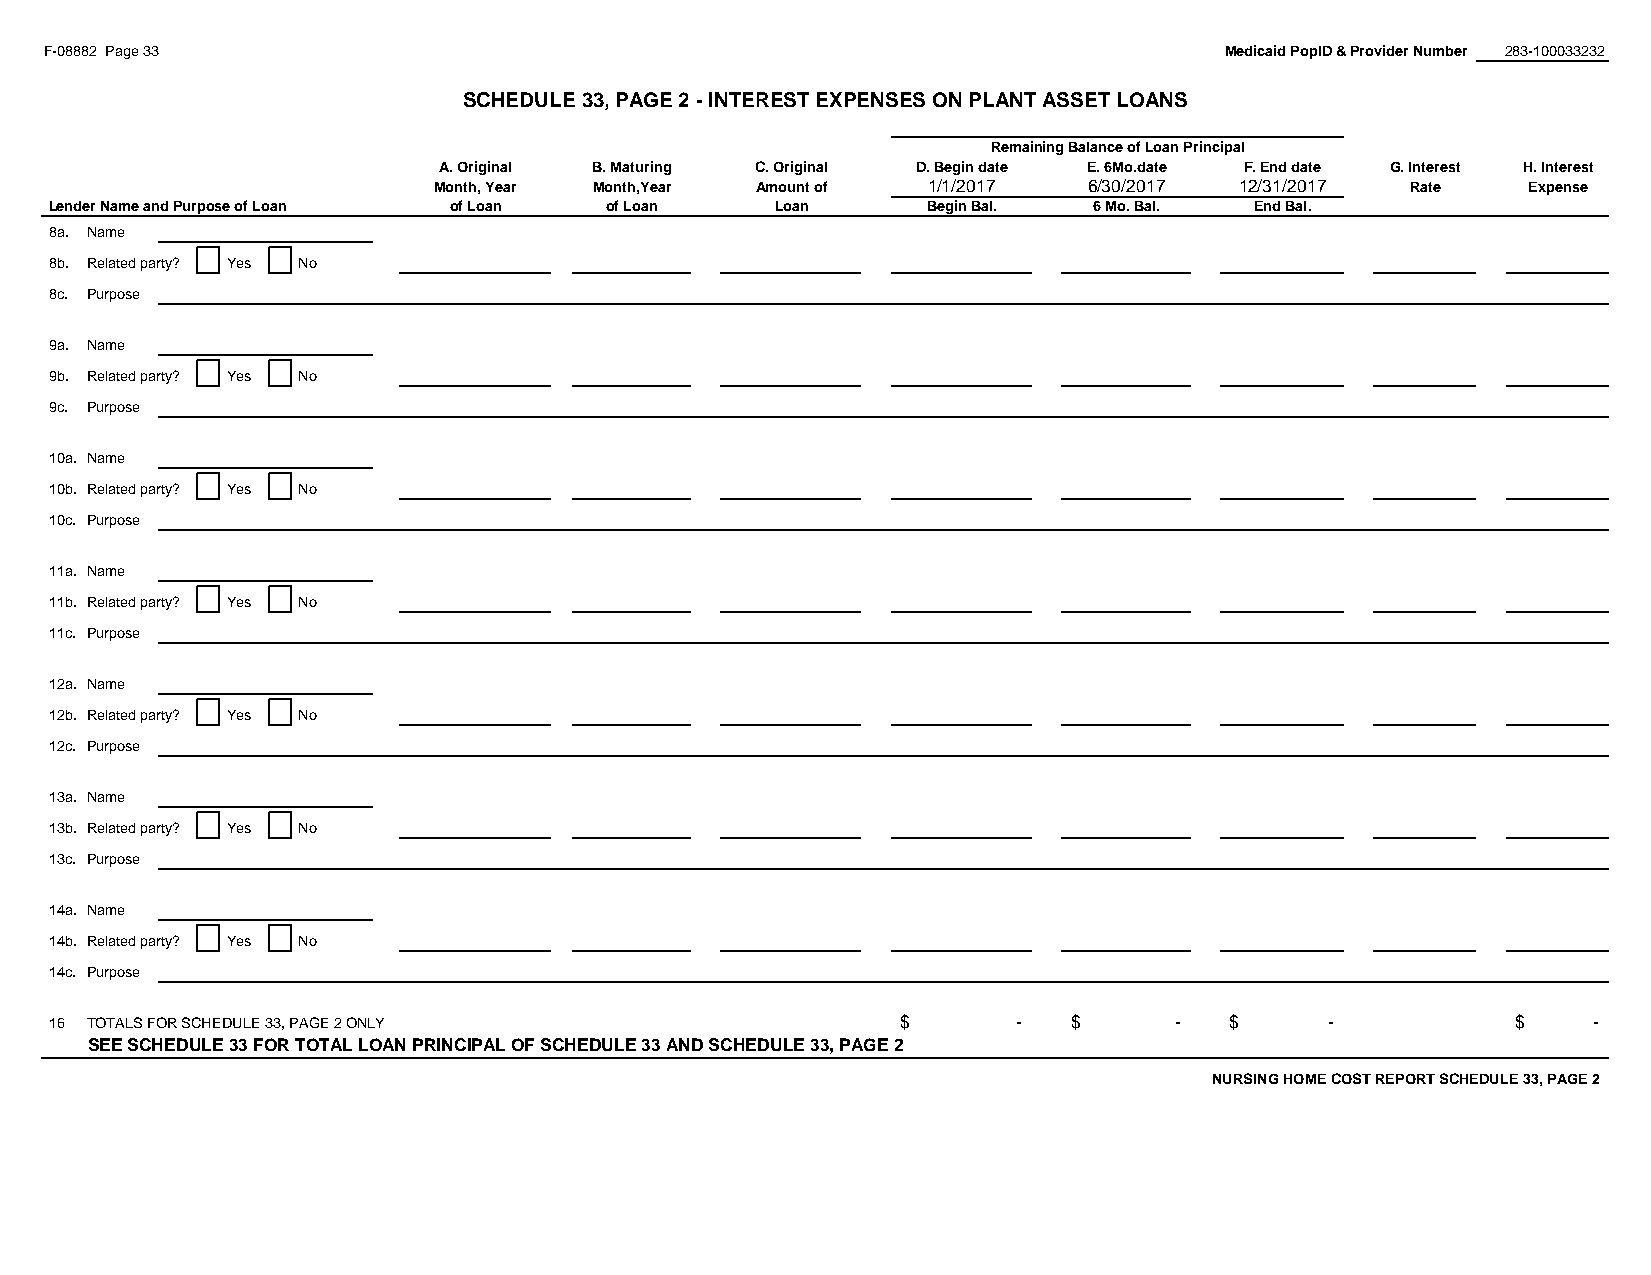
F-08882 Page 33                                                               Medicaid PopID & Provider Number 283-100033232
 SCHEDULE 33, PAGE 2 - INTEREST EXPENSES ON PLANT ASSET LOANS
 #REF!
 Remaining Balance of Loan Principal
 A. Original B. Maturing C. Original D. Begin date E. 6Mo.date F. End date G. Interest H. Interest
 Month, Year Month,Year Amount of 1/1/2017  6/30/2017 12/31/2017 Rate    Expense
 Lender Name and Purpose of Loan of Loan of Loan Loan      Begin Bal. 6 Mo. Bal. End Bal.
 8a. Name
 8b. Related party? Yes No
 8c. Purpose
 9a. Name
 9b. Related party? Yes No
 9c. Purpose
 10a. Name
 10b. Related party? Yes No
 10c. Purpose
 11a. Name
 11b. Related party? Yes No
 11c. Purpose
 12a. Name
 12b. Related party? Yes No
 12c. Purpose
 13a. Name
 13b. Related party? Yes No
 13c. Purpose
 14a. Name
 14b. Related party? Yes No
 14c. Purpose
 16 TOTALS FOR SCHEDULE 33, PAGE 2 ONLY                   $      -   $      -  $      -           $    -
 SEE SCHEDULE 33 FOR TOTAL LOAN PRINCIPAL OF SCHEDULE 33 AND SCHEDULE 33, PAGE 2
 NURSING HOME COST REPORT SCHEDULE 33, PAGE 2